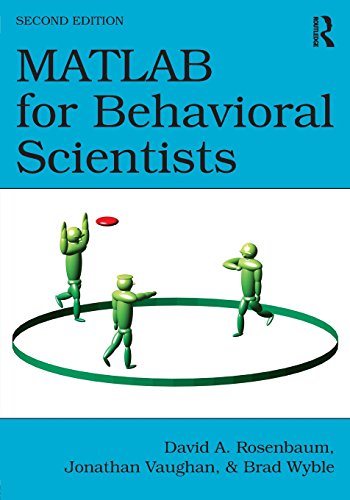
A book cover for MATLAB for Behavioral Scientists, Second Edition; David A. Rosenbaum; Medical Books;